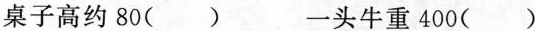
桌子高约80() 一头牛重 400()